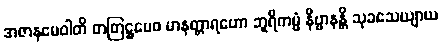
အဇာနမေဝါတိ တတြဋ္ဌမေဝ မာနတ္တာရဟော ဘူရိကမ္မံ နိဗ္ဗာနန္တိ သုခသေယျာယ